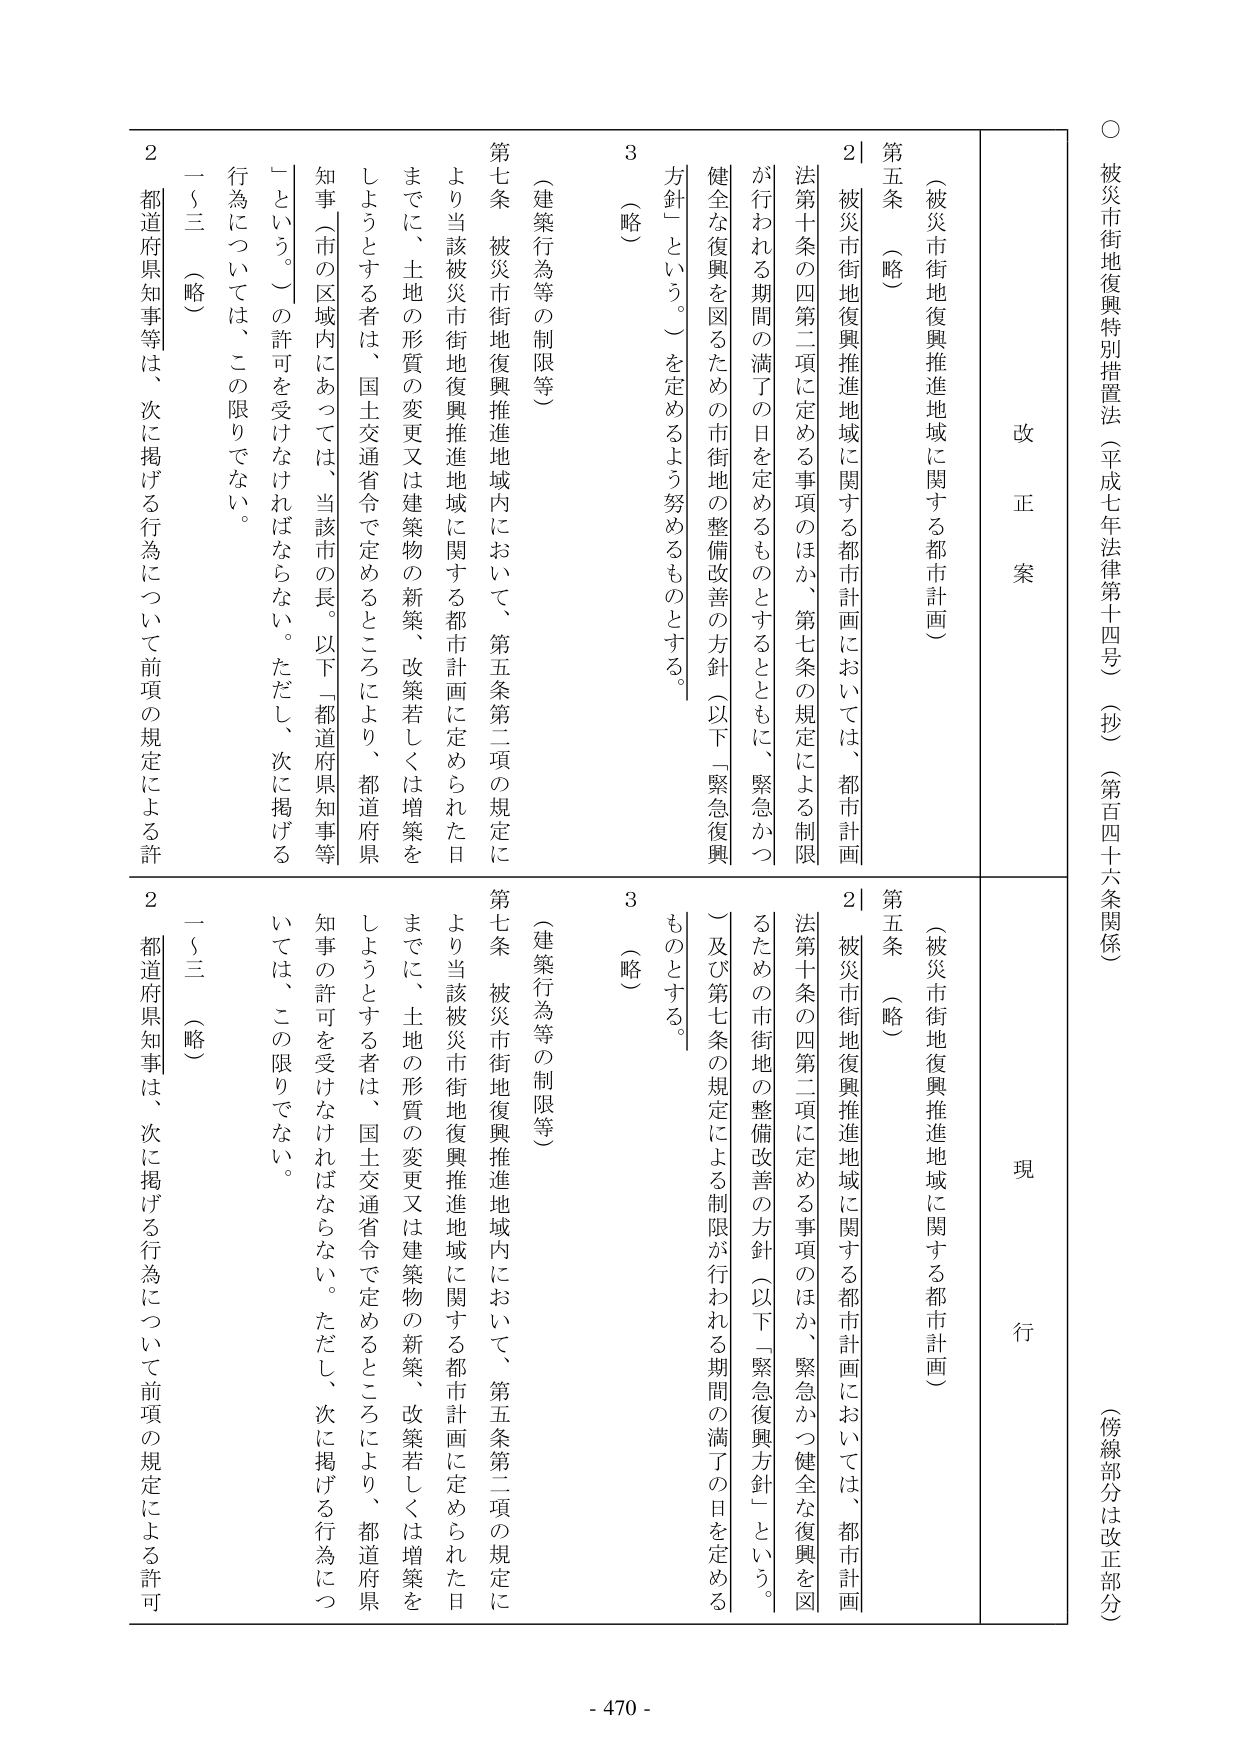
○ 被災市街地復興特別措置法（平成七年法律第十四号）（抄）（第百四十六条関係）
（傍線部分は改正部分）

改 正 案

（被災市街地復興推進地域に関する都市計画）
第五条 （略）
２ 被災市街地復興推進地域に関する都市計画においては、都市計画法第十条の四第二項に定める事項のほか、第七条の規定による制限が行われる期間の満了の日を定めるものとともに、緊急かつ健全な復興を図るための市街地の整備改善の方針（以下「緊急復興方針」という。）を定めるよう努めるものとする。
３ （略）
（建築行為等の制限等）
第七条 被災市街地復興推進地域内において、第五条第二項の規定により当該被災市街地復興推進地域に関する都市計画に定められた日までに、土地の形質の変更又は建築物の新築、改築若しくは増築をしようとする者は、国土交通省令で定めるところにより、都道府県知事（市の区域内にあっては、当該市の長。以下「都道府県知事等」という。）の許可を受けなければならない。ただし、次に掲げる行為については、この限りでない。
一～三 （略）
２ 都道府県知事等は、次に掲げる行為について前項の規定による許可

現 行

（被災市街地復興推進地域に関する都市計画）
第五条 （略）
２ 被災市街地復興推進地域に関する都市計画においては、都市計画法第十条の四第二項に定める事項のほか、緊急かつ健全な復興を図るための市街地の整備改善の方針（以下「緊急復興方針」という。）及び第七条の規定による制限が行われる期間の満了の日を定めるものとする。
３ （略）
（建築行為等の制限等）
第七条 被災市街地復興推進地域内において、第五条第二項の規定により当該被災市街地復興推進地域に関する都市計画に定められた日までに、土地の形質の変更又は建築物の新築、改築若しくは増築をしようとする者は、国土交通省令で定めるところにより、都道府県知事の許可を受けなければならない。ただし、次に掲げる行為については、この限りでない。
一～三 （略）
２ 都道府県知事は、次に掲げる行為について前項の規定による許可

- 470 -